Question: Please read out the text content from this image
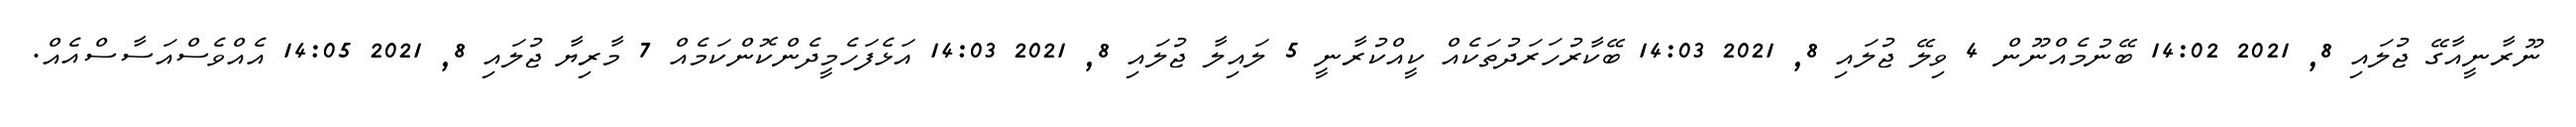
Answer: ނޫރާނީއާގޭ ޖުލައި 8, 2021 14:02 ބޭނުމެއްނޫން 4 ވިލޭ ޖުލައި 8, 2021 14:03 ބޭކާރުހަރަދުތަކެއް ކީއްކުރާނީ 5 ލައިލާ ޖުލައި 8, 2021 14:03 އަޅެފަހެމީދެންކޮންކަމެއް 7 މާރިޔާ ޖުލައި 8, 2021 14:05 އެއްވެސްއަސާސްއެއް.